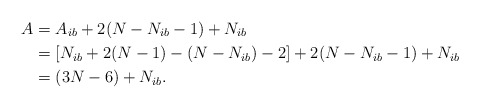
\begin{align*}A & = A_{ib}+2(N-N_{ib}-1)+N_{ib} \\& = [N_{ib}+2(N-1)-(N-N_{ib})-2]+2(N-N_{ib}-1)+N_{ib}\\& = (3N-6)+N_{ib}.\end{align*}